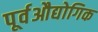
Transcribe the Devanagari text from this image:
पूर्वऔद्योगिक